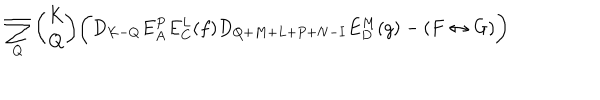
\sum _ { Q } { \binom { K } { Q } } \biggl ( D _ { K - Q } E _ { A } ^ { P } E _ { C } ^ { L } ( f ) D _ { Q + M + L + P + N - I } E _ { D } ^ { M } ( g ) - ( F \leftrightarrow G ) \biggr )